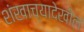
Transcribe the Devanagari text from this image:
शंखाच्यादेखील